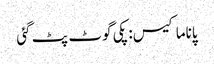
پاناما کیس: پکی گوٹ پٹ گئی